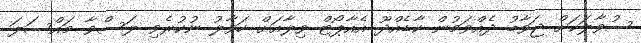
ސުވާލަކަށް ޖަވާބު ދެއްވަމުން ކާޑެއްދޫ އެއާޕޯޓް ވިލާއަށް ހަވާލު ނުކުރެވި ލަސްވާ މައްސަލަ